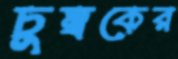
চুম্বকের